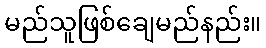
မည်သူဖြစ်ချေမည်နည်း။